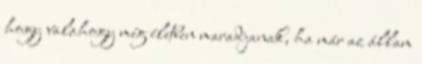
hogy valahogy még életben maradjanak, ha már az állam